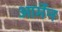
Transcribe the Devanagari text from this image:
आर्मेन